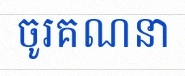
ចូរគណនា